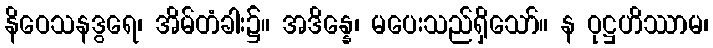
နိဝေသနဒွရေ၊ အိမ်တံခါး၌။ အဒိန္နေ၊ မပေးသည်ရှိသော်။ န ဝုဋ္ဌဟိဿာမ၊